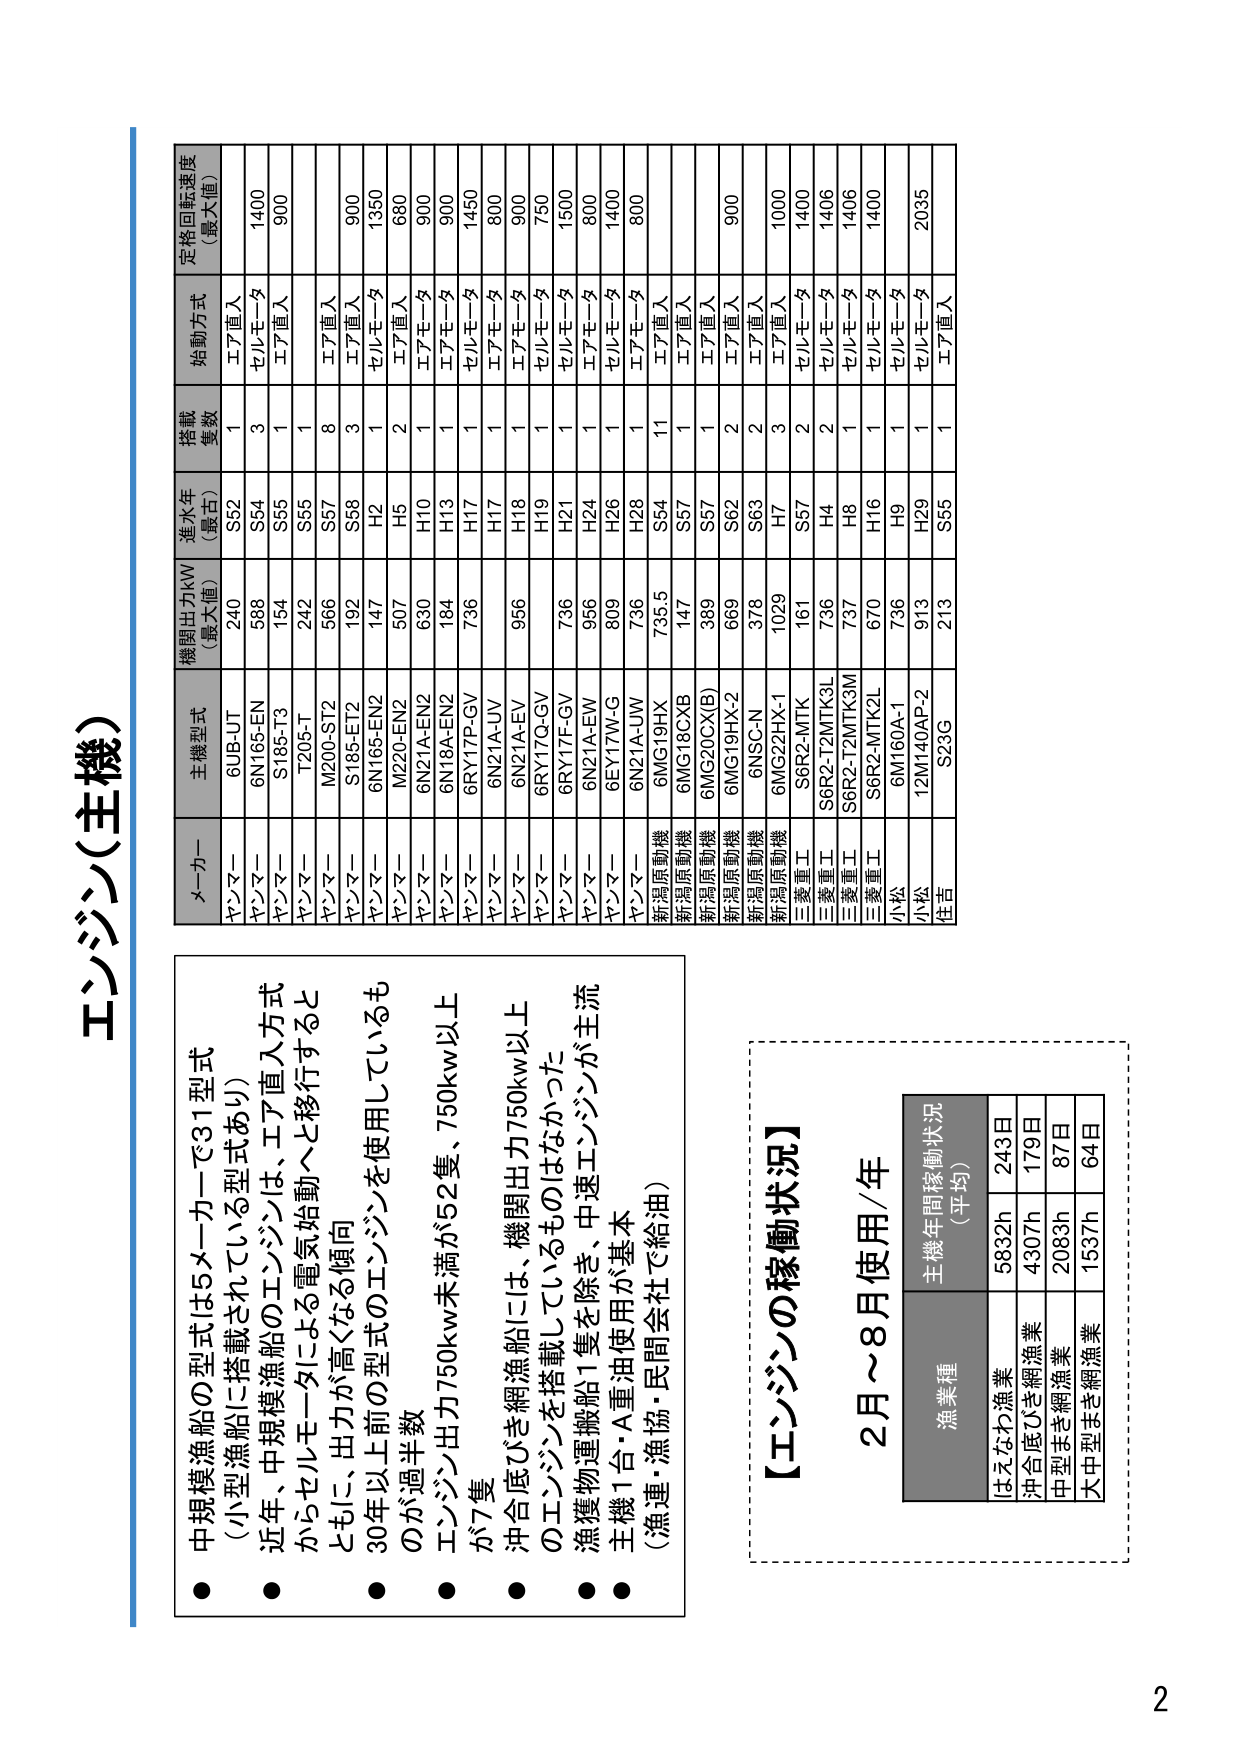
エンジン（主機）

● 中規模漁船の型式は5メーカーで31型式
（小型漁船に搭載されている型式あり）

● 近年、中規模漁船のエンジンは、エア直入方式
からセルモータによる電気始動へと移行すると
ともに、出力が高くなる傾向

● 30年以上前の型式のエンジンを使用しているも
のが過半数

● エンジン出力750kw未満が52隻、750kw以上
が7隻

● 沖合底びき網漁船には、機関出力750kw以上
のエンジンを搭載しているものはなかった

● 漁獲物運搬船1隻を除き、中速エンジンが主流

● 主機1台・A重油使用が基本
（漁連・漁協・民間会社で給油）

【エンジンの稼働状況】
2月～8月使用/年

主機年間稼働状況
（平均）

漁業種
はえなわ漁業 5832h 243日
沖合底びき網漁業 4307h 179日
中型まき網漁業 2083h 87日
大中型まき網漁業 1537h 64日

メーカー 主機型式 機関出力kW
（最大値） 進水年
（最古） 搭載
隻数 始動方式 定格回転速度
（最大値）

ヤンマー 6UB-JT 240 S52 1 エア直入 1400
ヤンマー 6N165-EN 588 S54 3 セルモータ 900
ヤンマー S185-T3 154 S55 1 エア直入
ヤンマー T205-T 242 S55 1
ヤンマー M200-ST2 566 S57 8 エア直入
ヤンマー S185-E12 192 S58 3 セルモータ 900
ヤンマー 6N165-EN2 147 H2 1 セルモータ 1350
ヤンマー M220-EN2 507 H5 2 エア直入 680
ヤンマー 6N21A-EN2 630 H10 1 エアモータ 900
ヤンマー 6N18A-EN2 184 H13 1 エアモータ 900
ヤンマー 6RY17P-GV 736 H17 1 セルモータ 1450
ヤンマー 6N21A-UV  H17 1 エアモータ 800
ヤンマー 6N21A-EV 956 H18 1 エアモータ 900
ヤンマー 6RY17G-GV  H19 1 セルモータ 750
ヤンマー 6RY17F-GV 736 H21 1 セルモータ 1500
ヤンマー 6N21A-EW 956 H24 1 エアモータ 800
ヤンマー 6EY17W-G 809 H26 1 セルモータ 1400
ヤンマー 6N21A-UW 736 H28 1 エアモータ 800
新潟原動機 6MG19HX 735.5 S54 11 エア直入
新潟原動機 6MG18CXB 147 S57 1 エア直入
新潟原動機 6MG20CXB) 389 S57 1 エア直入
新潟原動機 6MG19HX-2 669 S62 2 エア直入 900
新潟原動機 6NSC-N 378 S63 2 エア直入
新潟原動機 6MG22HX-1 1029 H7 3 エア直入 1000
三菱重工 S6R2-MTK 161 S57 2 セルモータ 1400
三菱重工 S6R2-T2MTK3L 736 H4 2 セルモータ 1406
三菱重工 S6R2-T2MTK3M 737 H8 1 セルモータ 1406
三菱重工 S6R2-MTK2L 670 H16 1 セルモータ 1400
小松 6M160A-1 736 H9 1 セルモータ
小松 12M140AP-2 913 H29 1 セルモータ 2035
住吉 S23G 213 S55 1 エア直入

2